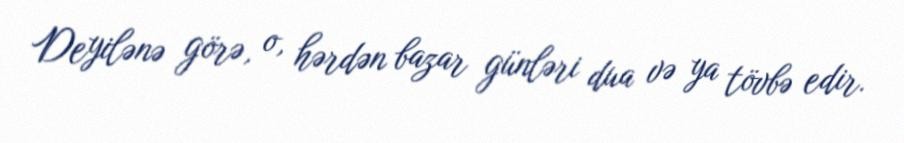
Deyilənə görə, o, hərdən bazar günləri dua və ya tövbə edir.